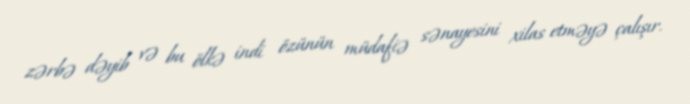
zərbə dəyib və bu ölkə indi özünün müdafiə sənayesini xilas etməyə çalışır.